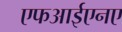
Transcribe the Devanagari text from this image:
एफआईएनए